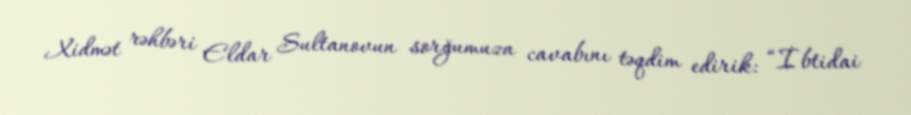
Xidmət rəhbəri Eldar Sultanovun sorğumuza cavabını təqdim edirik: “İbtidai